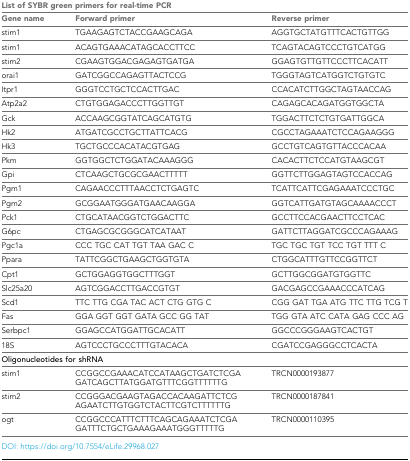
<table><thead><tr><td colspan="3"><b>List of SYBR green primers for real-time PCR</b></td></tr><tr><td><b>Gene name</b></td><td><b>Forward primer</b></td><td><b>Reverse primer</b></td></tr></thead><tbody><tr><td>stim1</td><td>TGAAGAGTCTACCGAAGCAGA</td><td>AGGTGCTATGTTTCACTGTTGG</td></tr><tr><td>stim1</td><td>ACAGTGAAACATAGCACCTTCC</td><td>TCAGTACAGTCCCTGTCATGG</td></tr><tr><td>stim2</td><td>CGAAGTGGACGAGAGTGATGA</td><td>GGAGTGTTGTTCCCTTCACATT</td></tr><tr><td>orai1</td><td>GATCGGCCAGAGTTACTCCG</td><td>TGGGTAGTCATGGTCTGTGTC</td></tr><tr><td>Itpr1</td><td>GGGTCCTGCTCCACTTGAC</td><td>CCACATCTTGGCTAGTAACCAG</td></tr><tr><td>Atp2a2</td><td>CTGTGGAGACCCTTGGTTGT</td><td>CAGAGCACAGATGGTGGCTA</td></tr><tr><td>Gck</td><td>ACCAAGCGGTATCAGCATGTG</td><td>TGGACTTCTCTGTGATTGGCA</td></tr><tr><td>Hk2</td><td>ATGATCGCCTGCTTATTCACG</td><td>CGCCTAGAAATCTCCAGAAGGG</td></tr><tr><td>Hk3</td><td>TGCTGCCCACATACGTGAG</td><td>GCCTGTCAGTGTTACCCACAA</td></tr><tr><td>Pkm</td><td>GGTGGCTCTGGATACAAAGGG</td><td>CACACTTCTCCATGTAAGCGT</td></tr><tr><td>Gpi</td><td>CTCAAGCTGCGCGAACTTTTT</td><td>GGTTCTTGGAGTAGTCCACCAG</td></tr><tr><td>Pgm1</td><td>CAGAACCCTTTAACCTCTGAGTC</td><td>TCATTCATTCGAGAAATCCCTGC</td></tr><tr><td>Pgm2</td><td>GCGGAATGGGATGAACAAGGA</td><td>GGTCATTGATGTAGCAAAACCCT</td></tr><tr><td>Pck1</td><td>CTGCATAACGGTCTGGACTTC</td><td>GCCTTCCACGAACTTCCTCAC</td></tr><tr><td>G6pc</td><td>CTGAGCGCGGGCATCATAAT</td><td>GATTCTTAGGATCGCCCAGAAAG</td></tr><tr><td>Pgc1a</td><td>CCC TGC CAT TGT TAA GAC C</td><td>TGC TGC TGT TCC TGT TTT C</td></tr><tr><td>Ppara</td><td>TATTCGGCTGAAGCTGGTGTA</td><td>CTGGCATTTGTTCCGGTTCT</td></tr><tr><td>Cpt1</td><td>GCTGGAGGTGGCTTTGGT</td><td>GCTTGGCGGATGTGGTTC</td></tr><tr><td>Slc25a20</td><td>AGTCGGACCTTGACCGTGT</td><td>GACGAGCCGAAACCCATCAG</td></tr><tr><td>Scd1</td><td>TTC TTG CGA TAC ACT CTG GTG C</td><td>CGG GAT TGA ATG TTC TTG TCG T</td></tr><tr><td>Fas</td><td>GGA GGT GGT GATA GCC GG TAT</td><td>TGG GTA ATC CATA GAG CCC AG</td></tr><tr><td>Serbpc1</td><td>GGAGCCATGGATTGCACATT</td><td>GGCCCGGGAAGTCACTGT</td></tr><tr><td>18S</td><td>AGTCCCTGCCCTTTGTACACA</td><td>CGATCCGAGGGCCTCACTA</td></tr><tr><td colspan="3"><b>Oligonucleotides for shRNA</b></td></tr><tr><td>stim1</td><td>CCGGCCGAAACATCCATAAGCTGATCTCGA GATCAGCTTATGGATGTTTCGGTTTTTTG</td><td>TRCN0000193877</td></tr><tr><td>stim2</td><td>CCGGGACGAAGTAGACCACAAGATTCTCG AGAATCTTGTGGTCTACTTCGTCTTTTTTG</td><td>TRCN0000187841</td></tr><tr><td>ogt</td><td>CCGGCCCATTTCTTTCAGCAGAAATCTCGA GATTTCTGCTGAAAGAAATGGGTTTTTG</td><td>TRCN0000110395</td></tr></tbody></table>